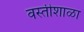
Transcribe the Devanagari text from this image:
वस्तीशाळा